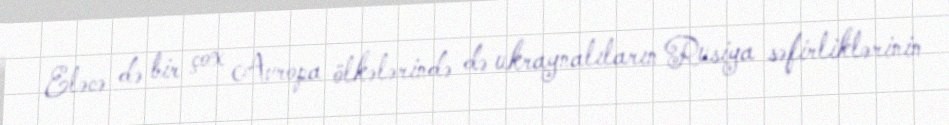
Eləcə də bir çox Avropa ölkələrində də ukraynalıların Rusiya səfirliklərinin